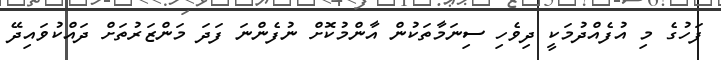
ފަހުގެ މި އުފެއްދުމަކީ ދިވެހި ސިނަމާތަކުން އާންމުކޮށް ނުފެންނަ ފަދަ މަންޒަރުތަށް ދައްކުވައިދޭ